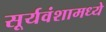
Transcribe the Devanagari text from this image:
सूर्यवंशामध्ये